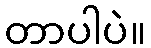
တာပါပဲ။